Civil Veterinary Department. Central Provinces & Berar 1925-31 - 1925-1931
Year: 1925
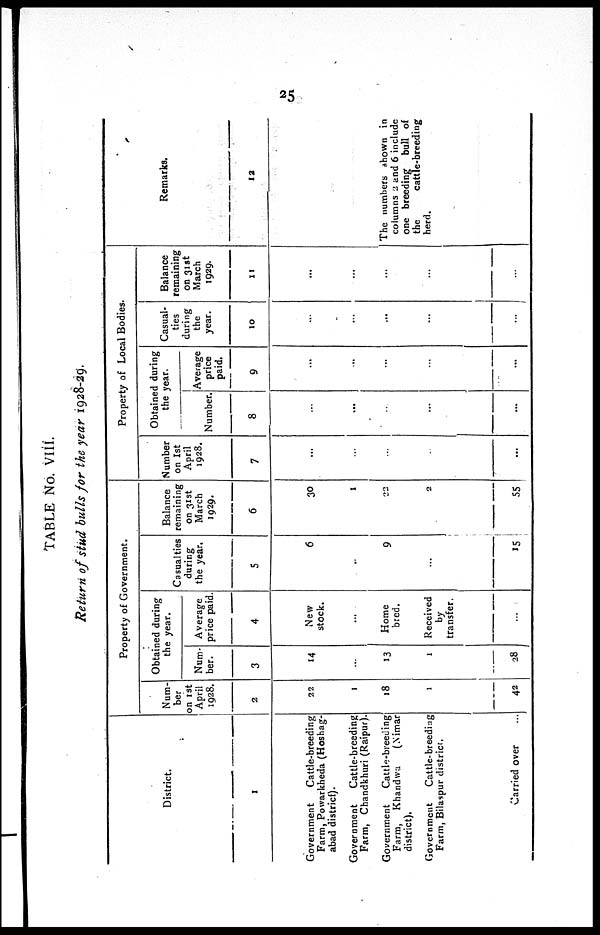
25
TABLE No. VIII.
Return of stud bulls for the year 1928-29.
District.
1
Government
Cattle-breeding
Farm, Powarkheda (Hoshag-
abad district).
Government
Cattle-breeding
Farm, Chandkhuri (Raipur).
Government
Cattle-breeding
Farm, Khandwa
(Nimar
district).
Government
Cattle-breeding
Farm, Bilaspur district.
Carried over ...
Property of Government.
Num-
ber
on 1st
April
1928.
2
22
1
18
1
42
Obtained during
the year.
Num-
ber.
3
14
...
13
1
28
Average
price paid.
4
New
stock.
...
Home
bred.
Received
by
transfer.
...
Casualties
during
the year.
5
6
...
9
...
15
Balance
remaining
on 31st
March
1929.
6
30
1
22
2
55
Property of Local Bodies.
Number
on 1st
April
1928.
7
...
...
...
...
...
Obtained during
the year.
Number.
8
...
...
...
...
...
Average
price
paid.
9
...
...
...
...
...
Casual-
ties
during
the
year.
10
...
...
...
...
...
Balance
remaining
on 31st
March
1929.
11
...
...
...
...
...
Remarks.
12
The numbers shown in
columns 2 and 6 include
one breeding bull of
the
cattle-breeding
herd.